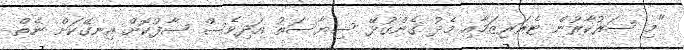
"މި ސަރުކާރުން ޓެރަރިޒަމާއި މެދު ގެންގުޅޭ ސިޔާސަތު އަދިވެސް ސާފުކޮށް އިނގޭކަށް ނެތް.